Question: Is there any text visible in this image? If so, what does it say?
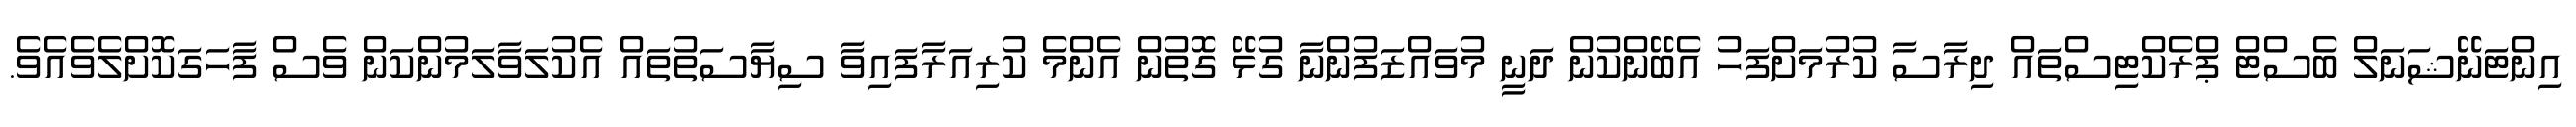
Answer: އިންޓަނޭޝަނަލް ބެސްޓް ޕްރެކްޓިސްތައް ދިރާސާ ކުރުމަށްފަހު އެބޭންކުން ދަނީ މުވައްޒަފުންނާ ގުޅޭ ގޮތުން އެންމެ ކުރިއަރާފައިވާ ސިޔާސަތުތައް އެކުލަވާލަމުންކަން ވެސް ފާހަގަކޮށްލެވެއެވެ.